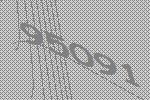
95091